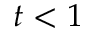
t < 1